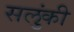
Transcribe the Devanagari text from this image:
सलुंकी